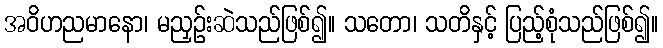
အဝိဟညမာနော၊ မညှဉ်းဆဲသည်ဖြစ်၍။ သတော၊ သတိနှင့် ပြည့်စုံသည်ဖြစ်၍။